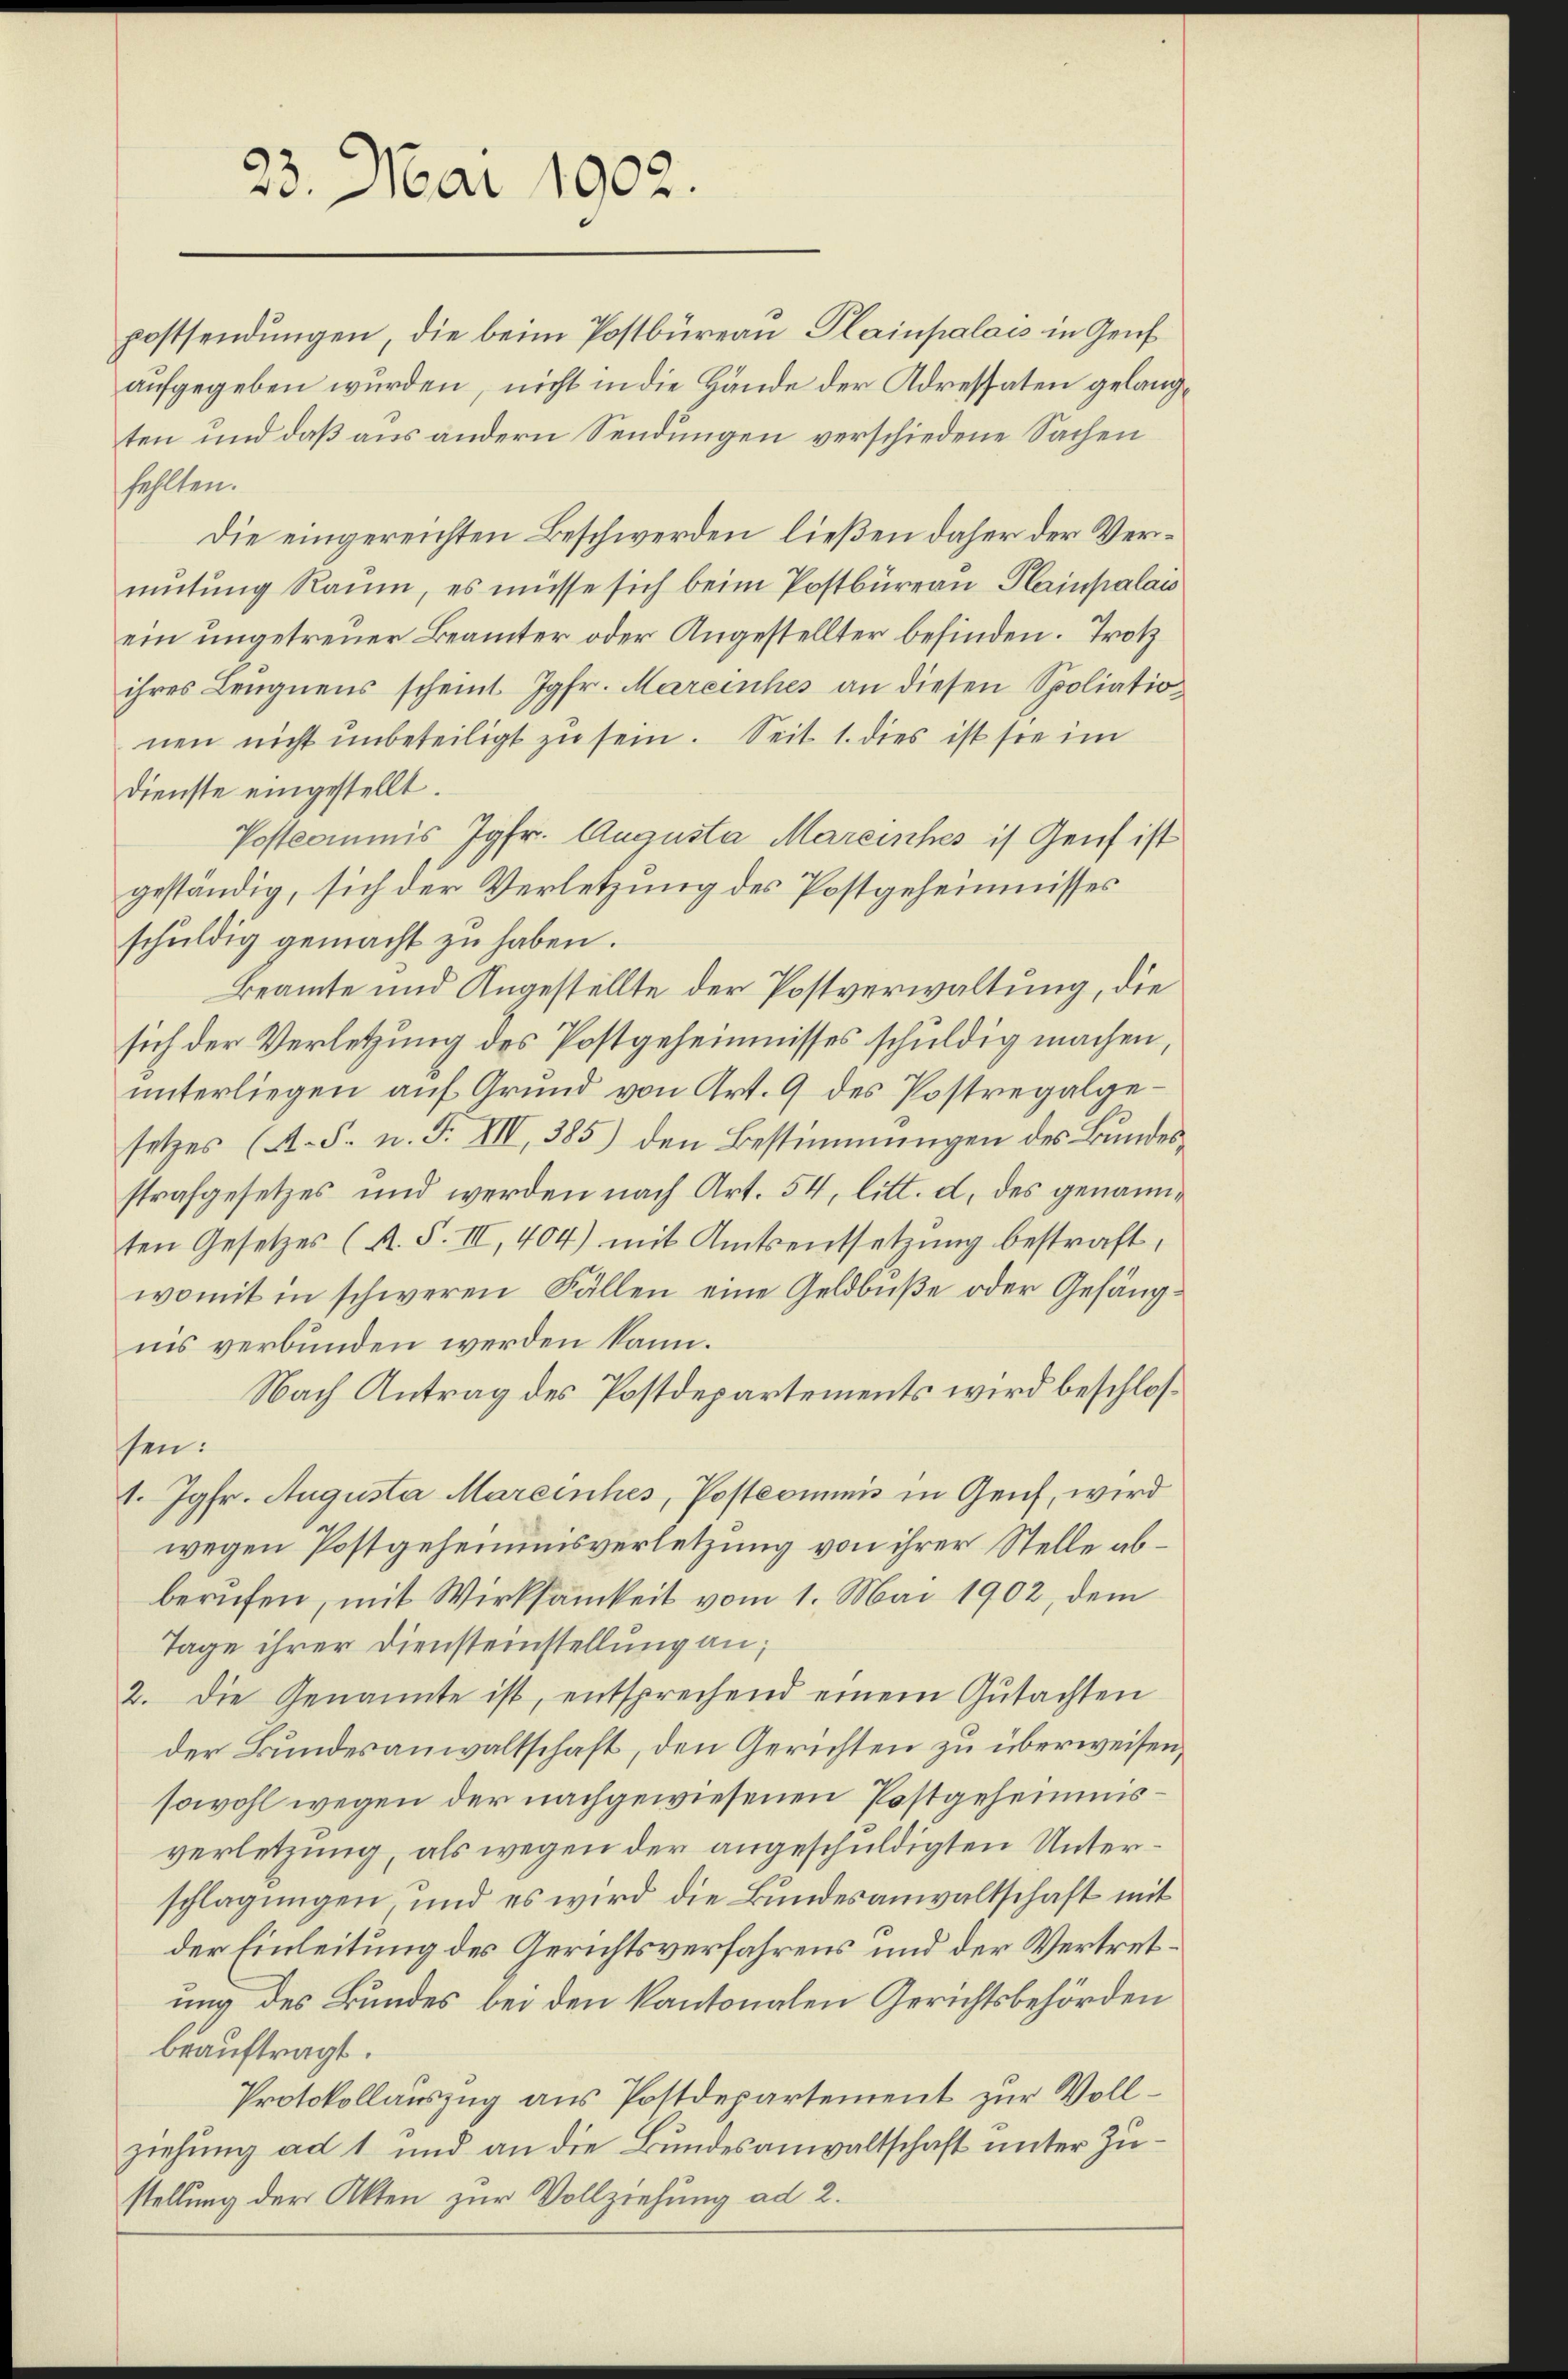
23. Mai 1902.

postsendungen, die beim Postbüreau Plainpalais in Genf
aufgegeben wurden, nicht in die Hände der Adressaten gelangten und daß aus andern Sendungen verschiedene Sachen
fehlten.
Die eingereichten Beschwerden ließen daher der Vermutung Raum, es müsse sich beim Postbureau Plainpalais
ein ungetreuer Beamter oder Angestellter befinden. Trotz
ihres Leugnens scheint Jgfr. Mareinches an diesen Spoliationen nicht ŭnbeteiligt zu sein. Seit 1. dies ist sie im
Dienste eingestellt.
Postkommis Jgfr. Augusta Mareinches is Genf ist
geständig, sich der Verletzung des Postgeheimnisses
schŭldig gemacht zŭ haben.
Beamte und Angestellte der Postverwaltung, die
sich der Verletzung des Postgeheimnisses schuldig machen,
ŭnterliegen aŭf Grŭnd von Art. 9 des Postregalge-
setzes (A.S. n. F. VII, 385) den Bestimmungen des Bundesstrafgesetzes und werden nach Art. 54, litt. d. des genannten Gesetzes (A. F. III, 404) mit Amtsentsetzŭng bestraft,
womit in schweren Fällen eine Geldbuße oder Gefängnis verbunden werden kann.
Nach Antrag des Postdepartements wird beschlossen:
1. Jgfr. Augusta Mareinhes, Postcommis in Geich, wird
wegen Postgeheimnisverletzung von ihrer Stelle abberufen, mit Wirksamkeit vom 1. Mai 1902, dem
Tage ihrer Diensteinstellung an;
2. Die Genannte ist, entsprechend einem Gutachten
der Bundesanwaltschaft, den Gerichten zu überweisen,
sowohl wegen der nachgewiesenen Postgeheimisverletzung, als wegen der angeschuldigten Unterschlagungen und es wird die Bundesanwaltschaft mit
der Einleitung des Gerichtsverfahrens und der Vertretung des Bundes bei den kantonalen Gerichtsbehörden
beauftragt.
Protokollauszug aus Postdepartement zur Vollziehung ad 1 und an die Bundesanwaltschaft unter Zustellung der Akten zur Vollziehung ad 2.